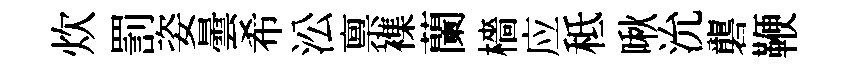
炊罰姿曇希㳂禀襍蘭檣应秪啾沇礱鞭